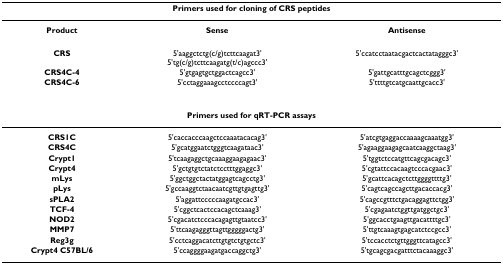
<table><thead><tr><td colspan="3"><b>Primers used for cloning of CRS peptides</b></td></tr></thead><tbody><tr><td><b>Product</b></td><td><b>Sense</b></td><td><b>Antisense</b></td></tr><tr><td><b>CRS</b></td><td>5&#x27;aaggctctg(c/g)tcttcaagat3&#x27;5&#x27;tg(c/g)tcttcaagatg(t/c)agccc3&#x27;</td><td>5&#x27;ccatcctaatacgactcactatagggc3&#x27;</td></tr><tr><td><b>CRS4C-4</b></td><td>5&#x27;gtgagtgctggactcagcc3&#x27;</td><td>5&#x27;gattgcatttgcagctcggg3&#x27;</td></tr><tr><td><b>CRS4C-6</b></td><td>5&#x27;cctaggaaagcctccccagt3&#x27;</td><td>5&#x27;ttttgtcatgcaattgcacc3&#x27;</td></tr><tr><td colspan="3"><b>Primers used for qRT-PCR assays</b></td></tr><tr><td><b>CRS1C</b></td><td>5&#x27;caccacccaagctccaaatacacag3&#x27;</td><td>5&#x27;atcgtgaggaccaaaagcaaatgg3&#x27;</td></tr><tr><td><b>CRS4C</b></td><td>5&#x27;gcatggaatctgggtcaagataac3&#x27;</td><td>5&#x27;agaaggaagagcaatcaaggctaag3&#x27;</td></tr><tr><td><b>Crypt1</b></td><td>5&#x27;tcaagaggctgcaaaggaagagaac3&#x27;</td><td>5&#x27;tggtctccatgttcagcgacagc3&#x27;</td></tr><tr><td><b>Crypt4</b></td><td>5&#x27;gctgtgtctatctcctttggaggc3&#x27;</td><td>5&#x27;cgtattccacaagtcccacgaac3&#x27;</td></tr><tr><td><b>mLys</b></td><td>5&#x27;ggctggctactatggagtcagcctg3&#x27;</td><td>5&#x27;gcattcacagctcttggggttttg3&#x27;</td></tr><tr><td><b>pLys</b></td><td>5&#x27;gccaaggtctaacaatcgttgtgagttg3&#x27;</td><td>5&#x27;cagtcagccagcttgacaccacg3&#x27;</td></tr><tr><td><b>sPLA2</b></td><td>5&#x27;aggattcccccaagatgccac3&#x27;</td><td>5&#x27;cagccgtttctgacaggagttctgg3&#x27;</td></tr><tr><td><b>TCF-4</b></td><td>5&#x27;cggctcactccacagctcaaag3&#x27;</td><td>5&#x27;cgagaatctggttgatggctgc3&#x27;</td></tr><tr><td><b>NOD2</b></td><td>5&#x27;cgacatctcccacagagttgtaatcc3&#x27;</td><td>5&#x27;ggcacctgaagttgacattttgc3&#x27;</td></tr><tr><td><b>MMP7</b></td><td>5&#x27;ttcaagagggttagttgggggactg3&#x27;</td><td>5&#x27;ttgtcaaagtgagcatctccgcc3&#x27;</td></tr><tr><td><b>Reg3g</b></td><td>5&#x27;cctcaggacatcttgtgtctgtgctc3&#x27;</td><td>5&#x27;tccacctctgttgggttcatagcc3&#x27;</td></tr><tr><td><b>Crypt4 C57BL/6</b></td><td>5&#x27;ccaggggaagatgaccaggctg3&#x27;</td><td>5&#x27;tgcagcgacgatttctacaaaggc3&#x27;</td></tr></tbody></table>